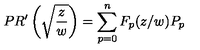
P R ^ { \prime } \left( \sqrt { \frac { z } { w } } \right) = \sum _ { p = 0 } ^ { n } F _ { p } ( z / w ) P _ { p }